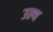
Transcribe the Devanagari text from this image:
उल्थ